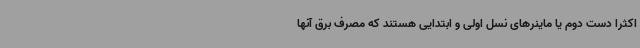
اکثراً دست دوم یا ماینرهای نسل اولی و ابتدایی هستند که مصرف برق آنها